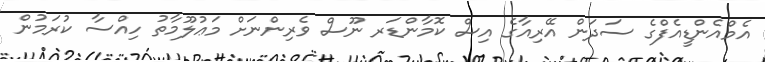
އެމްއެންޑީއެފްގެ ސަދަން އޭރިއާގެ އިސް ކޮމާންޑަރ ނޫސް ވެރިންނަށް މަޢުލޫމާތު ހިއްސާ ކުރަމުން